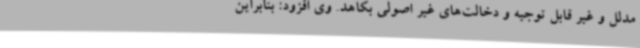
مدلل و غیر قابل توجیه و دخالت‌های غیر اصولی بکاهد. وی افزود: بنابراین